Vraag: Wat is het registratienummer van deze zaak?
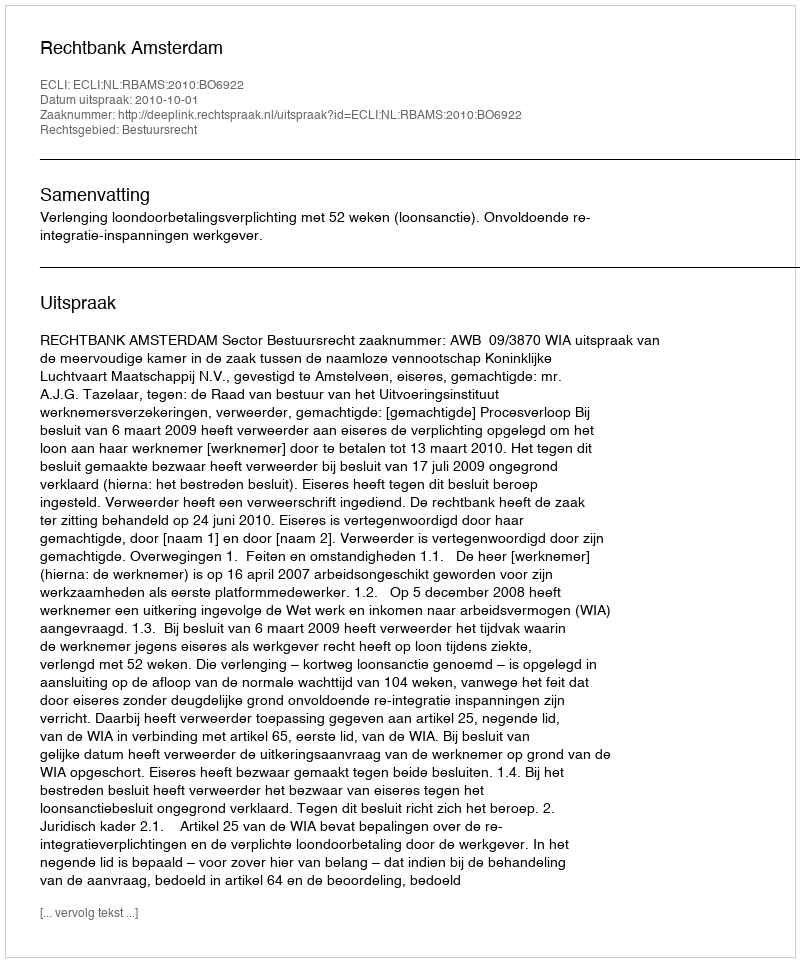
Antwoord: http://deeplink.rechtspraak.nl/uitspraak?id=ECLI:NL:RBAMS:2010:BO6922